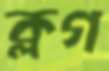
ক্লগ